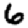
Digit: 6